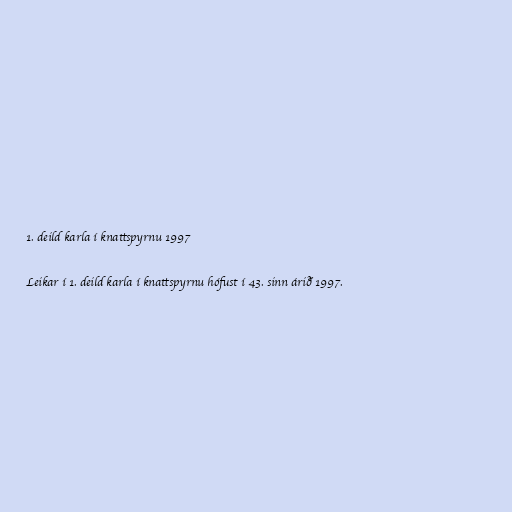
1. deild karla í knattspyrnu 1997

Leikar í 1. deild karla í knattspyrnu hófust í 43. sinn árið 1997.